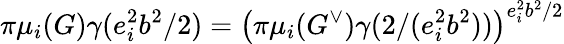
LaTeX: \pi\mu_{i}(G)\gamma(e_{i}^{2}b^{2}/2)=\left(\pi\mu_{i}(G^{\vee})\gamma(2/(e_{i}^{2}b^{2}))\right)^{e_{i}^{2}b^{2}/2}